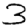
Digit: 3